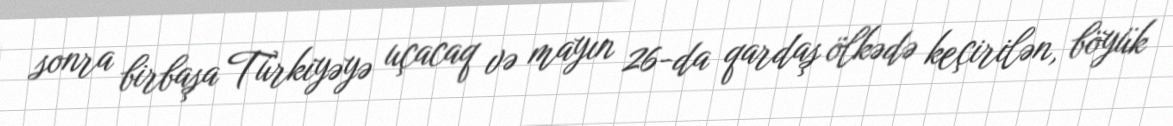
sonra birbaşa Türkiyəyə uçacaq və mayın 26-da qardaş ölkədə keçirilən, böyük